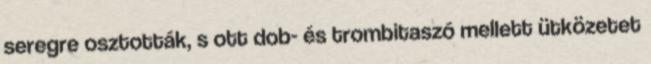
seregre osztották, s ott dob- és trombitaszó mellett ütközetet